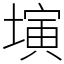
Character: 𡐔